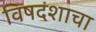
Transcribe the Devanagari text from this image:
विषदंशाचा